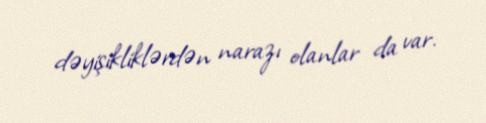
dəyişikliklərdən narazı olanlar da var.